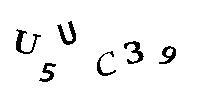
U5UC39